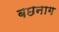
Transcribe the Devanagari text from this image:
बछनाग